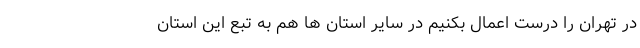
در تهران را درست اعمال بکنیم در سایر استان ها هم به تبع این استان